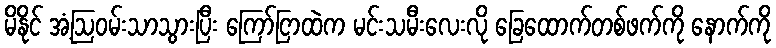
မိနိုင် အံ့ဩဝမ်းသာသွားပြီး ကြော်ငြာထဲက မင်းသမီးလေးလို ခြေထောက်တစ်ဖက်ကို နောက်ကို